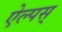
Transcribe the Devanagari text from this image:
ऐल्पस्